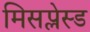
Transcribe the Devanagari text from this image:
मिसप्लेस्ड